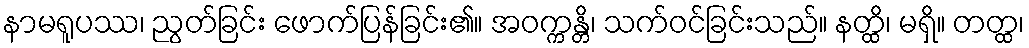
နာမရူပဿ၊ ညွတ်ခြင်း ဖောက်ပြန်ခြင်း၏။ အဝက္ကန္တိ၊ သက်ဝင်ခြင်းသည်။ နတ္ထိ၊ မရှိ။ တတ္ထ၊